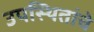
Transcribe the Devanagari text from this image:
उपस्थितांचे